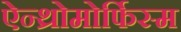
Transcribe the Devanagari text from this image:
ऐन्थ्रोमोर्फिस्म